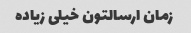
زمان ارسالتون خیلی زیاده